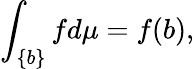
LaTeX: \int_{\{ b\} }fd\mu=f(b),